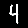
Digit: 4